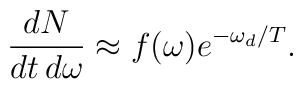
\frac{dN}{dt\,d\omega} \approx f(\omega)e^{-\omega_{d}/T}.